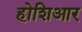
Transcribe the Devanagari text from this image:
होशिआर